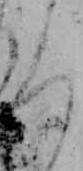
ろ